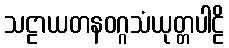
သဠာယတနဝဂ္ဂသံယုတ္တပါဠိ